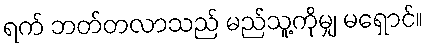
ရက် ဘတ်တလာသည် မည်သူ့ကိုမျှ မရှောင်။